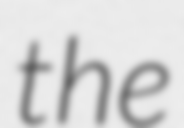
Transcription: the